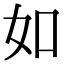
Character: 如